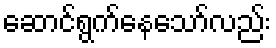
ဆောင်ရွက်နေသော်လည်း